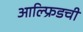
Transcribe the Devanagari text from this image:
आल्फ्रिडची